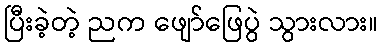
ပြီးခဲ့တဲ့ ညက ဖျော်ဖြေပွဲ သွားလား။